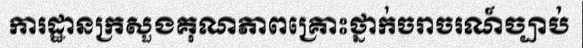
ការដ្ឋានក្រសួងគុណភាពគ្រោះថ្នាក់ចរាចរណ៍ច្បាប់